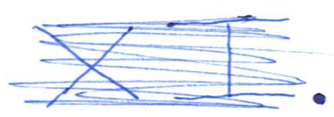
Text: XI.
Cross-out: scratch
Writing tool: ballpoint